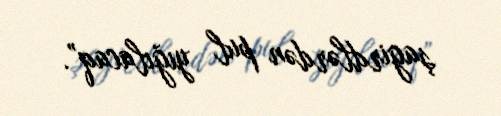
şagirdlərdən pul yığılacaq”.